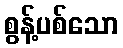
စွန့်ပစ်သော